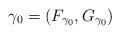
LaTeX: \begin{align*}\gamma_0=(F_{\gamma_0}, G_{\gamma_0})\end{align*}